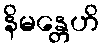
နိမန္တေဟိ